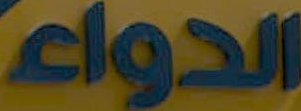
الدواء